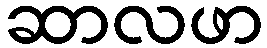
ဆာလဖာ